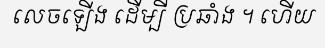
លេចឡើង ដើម្បី ប្រឆាំង ។ ហើយ